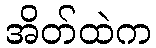
အိတ်ထဲက